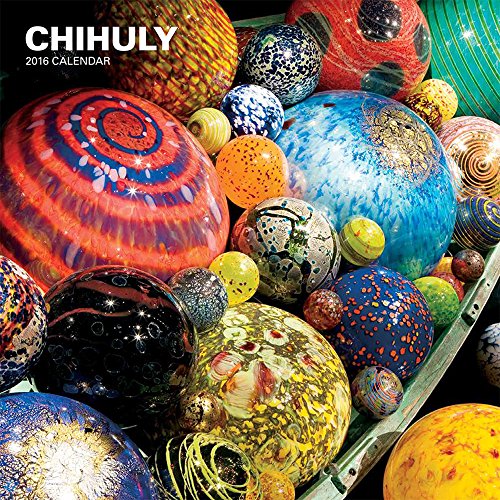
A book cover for Chihuly 2016 Wall Calendar; Dale Chihuly; Calendars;